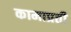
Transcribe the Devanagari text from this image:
कामाप्रती